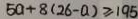
5 0 + 8 ( 2 6 - a ) \geq 1 9 5